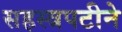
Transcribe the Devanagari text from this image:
सहस्त्रपटीने